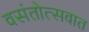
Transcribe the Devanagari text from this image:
वसंतोत्सवात